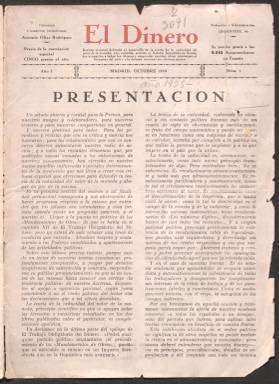
Título: El Dinero (Madrid)
Colección: Economía
Ámbito geográfico: Madrid
Lugar de publicación: Madrid
Fechas: 01/01/1935-30/04/1936